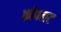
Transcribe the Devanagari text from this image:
कोपलट